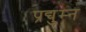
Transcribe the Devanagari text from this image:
प्रद्युम्‍न